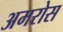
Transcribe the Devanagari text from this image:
अमरोस